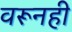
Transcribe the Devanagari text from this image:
वरूनही